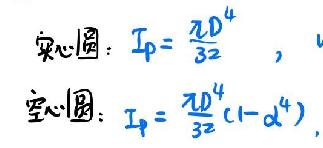
实心圆：\(I_p = \frac{\pi D^4}{32}\)，

空心圆：\(I_p = \frac{\pi D^4}{32}(1 - \alpha^4)\)，